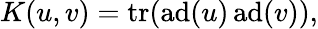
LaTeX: K(u,v)=\operatorname{tr}(\operatorname{ad}(u)\operatorname{ad}(v)),